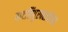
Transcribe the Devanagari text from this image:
पाटलिपुरवराधीश्वर